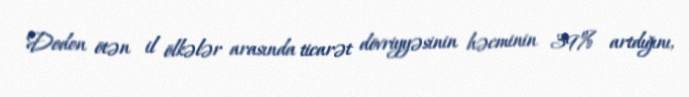
Dodon ötən il ölkələr arasında ticarət dövriyyəsinin həcminin 39% artdığını,